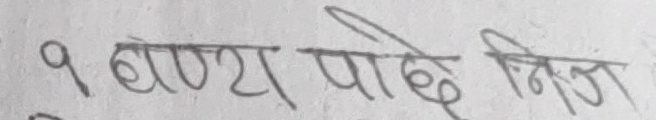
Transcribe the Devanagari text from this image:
१ बण्‍य पाछे निज